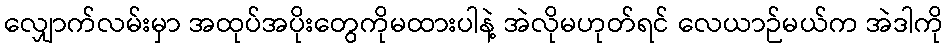
လျှောက်လမ်းမှာ အထုပ်အပိုးတွေကိုမထားပါနဲ့ အဲလိုမဟုတ်ရင် လေယာဉ်မယ်က အဲဒါကို